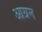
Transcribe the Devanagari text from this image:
आग्रन